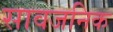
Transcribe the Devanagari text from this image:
सावजनिक